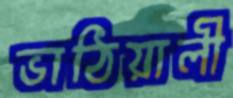
ভাঠিয়ালী